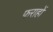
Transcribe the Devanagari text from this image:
फराहों